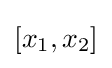
[x_{1},x_{2}]